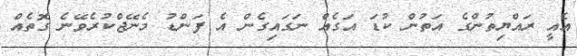
އެއީ ރައްޔިތުންގެ އަތުން ކުޑަ އަގެއް ނަގައިގެން އެ ފަންޑު މެނޭޖްކުރެވޭނެ ގޮތެއް